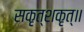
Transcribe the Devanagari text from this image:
सकृत्शकृत्॥